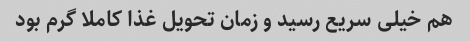
هم خیلی سریع رسید و زمان تحویل غذا کاملا گرم بود